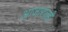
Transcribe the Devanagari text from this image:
आजारातही